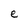
Character: e